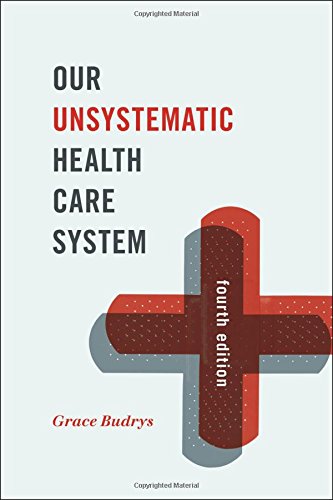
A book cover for Our Unsystematic Health Care System; Grace Budrys; Medical Books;